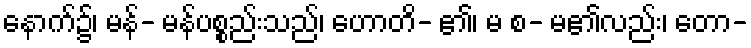
နောက်၌၊ မန်- မန်ပစ္စည်းသည်၊ ဟောတိ- ၏၊ မ စ- မ၏လည်း၊ တော-